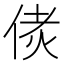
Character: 𠉻